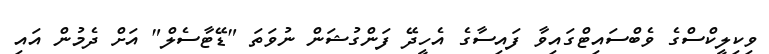
ވިކިލީކްސްގެ ވެބްސައިޓްގައިވާ ފައިސާގެ އެހީދޭ ފަންގުޝަން ނުވަތަ "ޑޭޓާސެލް" އަށް ދެމުން އައި